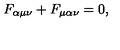
F _ { \alpha \mu \nu } + F _ { \mu \alpha \nu } = 0 ,